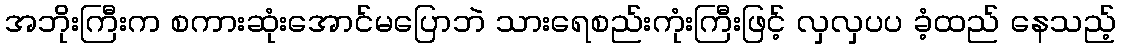
အဘိုးကြီးက စကားဆုံးအောင်မပြောဘဲ သားရေစည်းကုံးကြီးဖြင့် လှလှပပ ခံ့ထည် နေသည့်